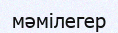
мәмілегер